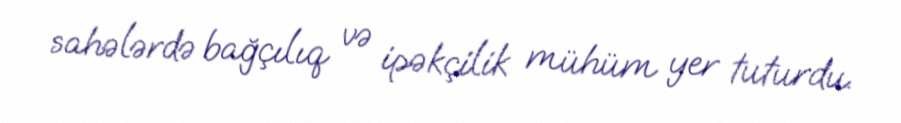
sahələrdə bağçılıq və ipəkçilik mühüm yer tuturdu.